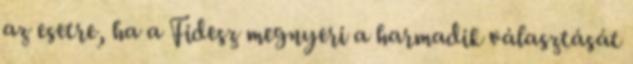
az esetre, ha a Fidesz megnyeri a harmadik választását